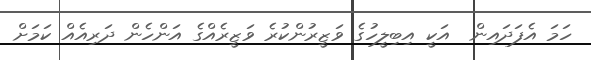
ހަމަ އެފަދައިން  އަކީ އިބިލީހުގެ ވަޒީރުންކުރެ ވަޒީރެއްގެ އަންހެން ދަރިއެއް ކަމަށް